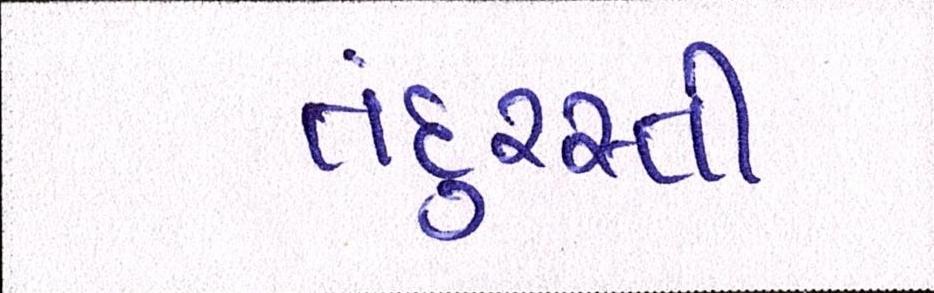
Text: તંદુરસ્તી